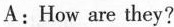
A: How are they?